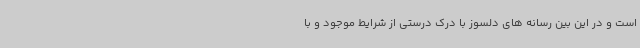
است و در این بین رسانه های دلسوز با درک درستی از شرایط موجود و با